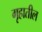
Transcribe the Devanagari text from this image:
गृहातील